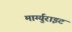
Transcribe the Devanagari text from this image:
मार्ग्युराइट